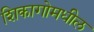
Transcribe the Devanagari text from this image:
शिकागोमधील